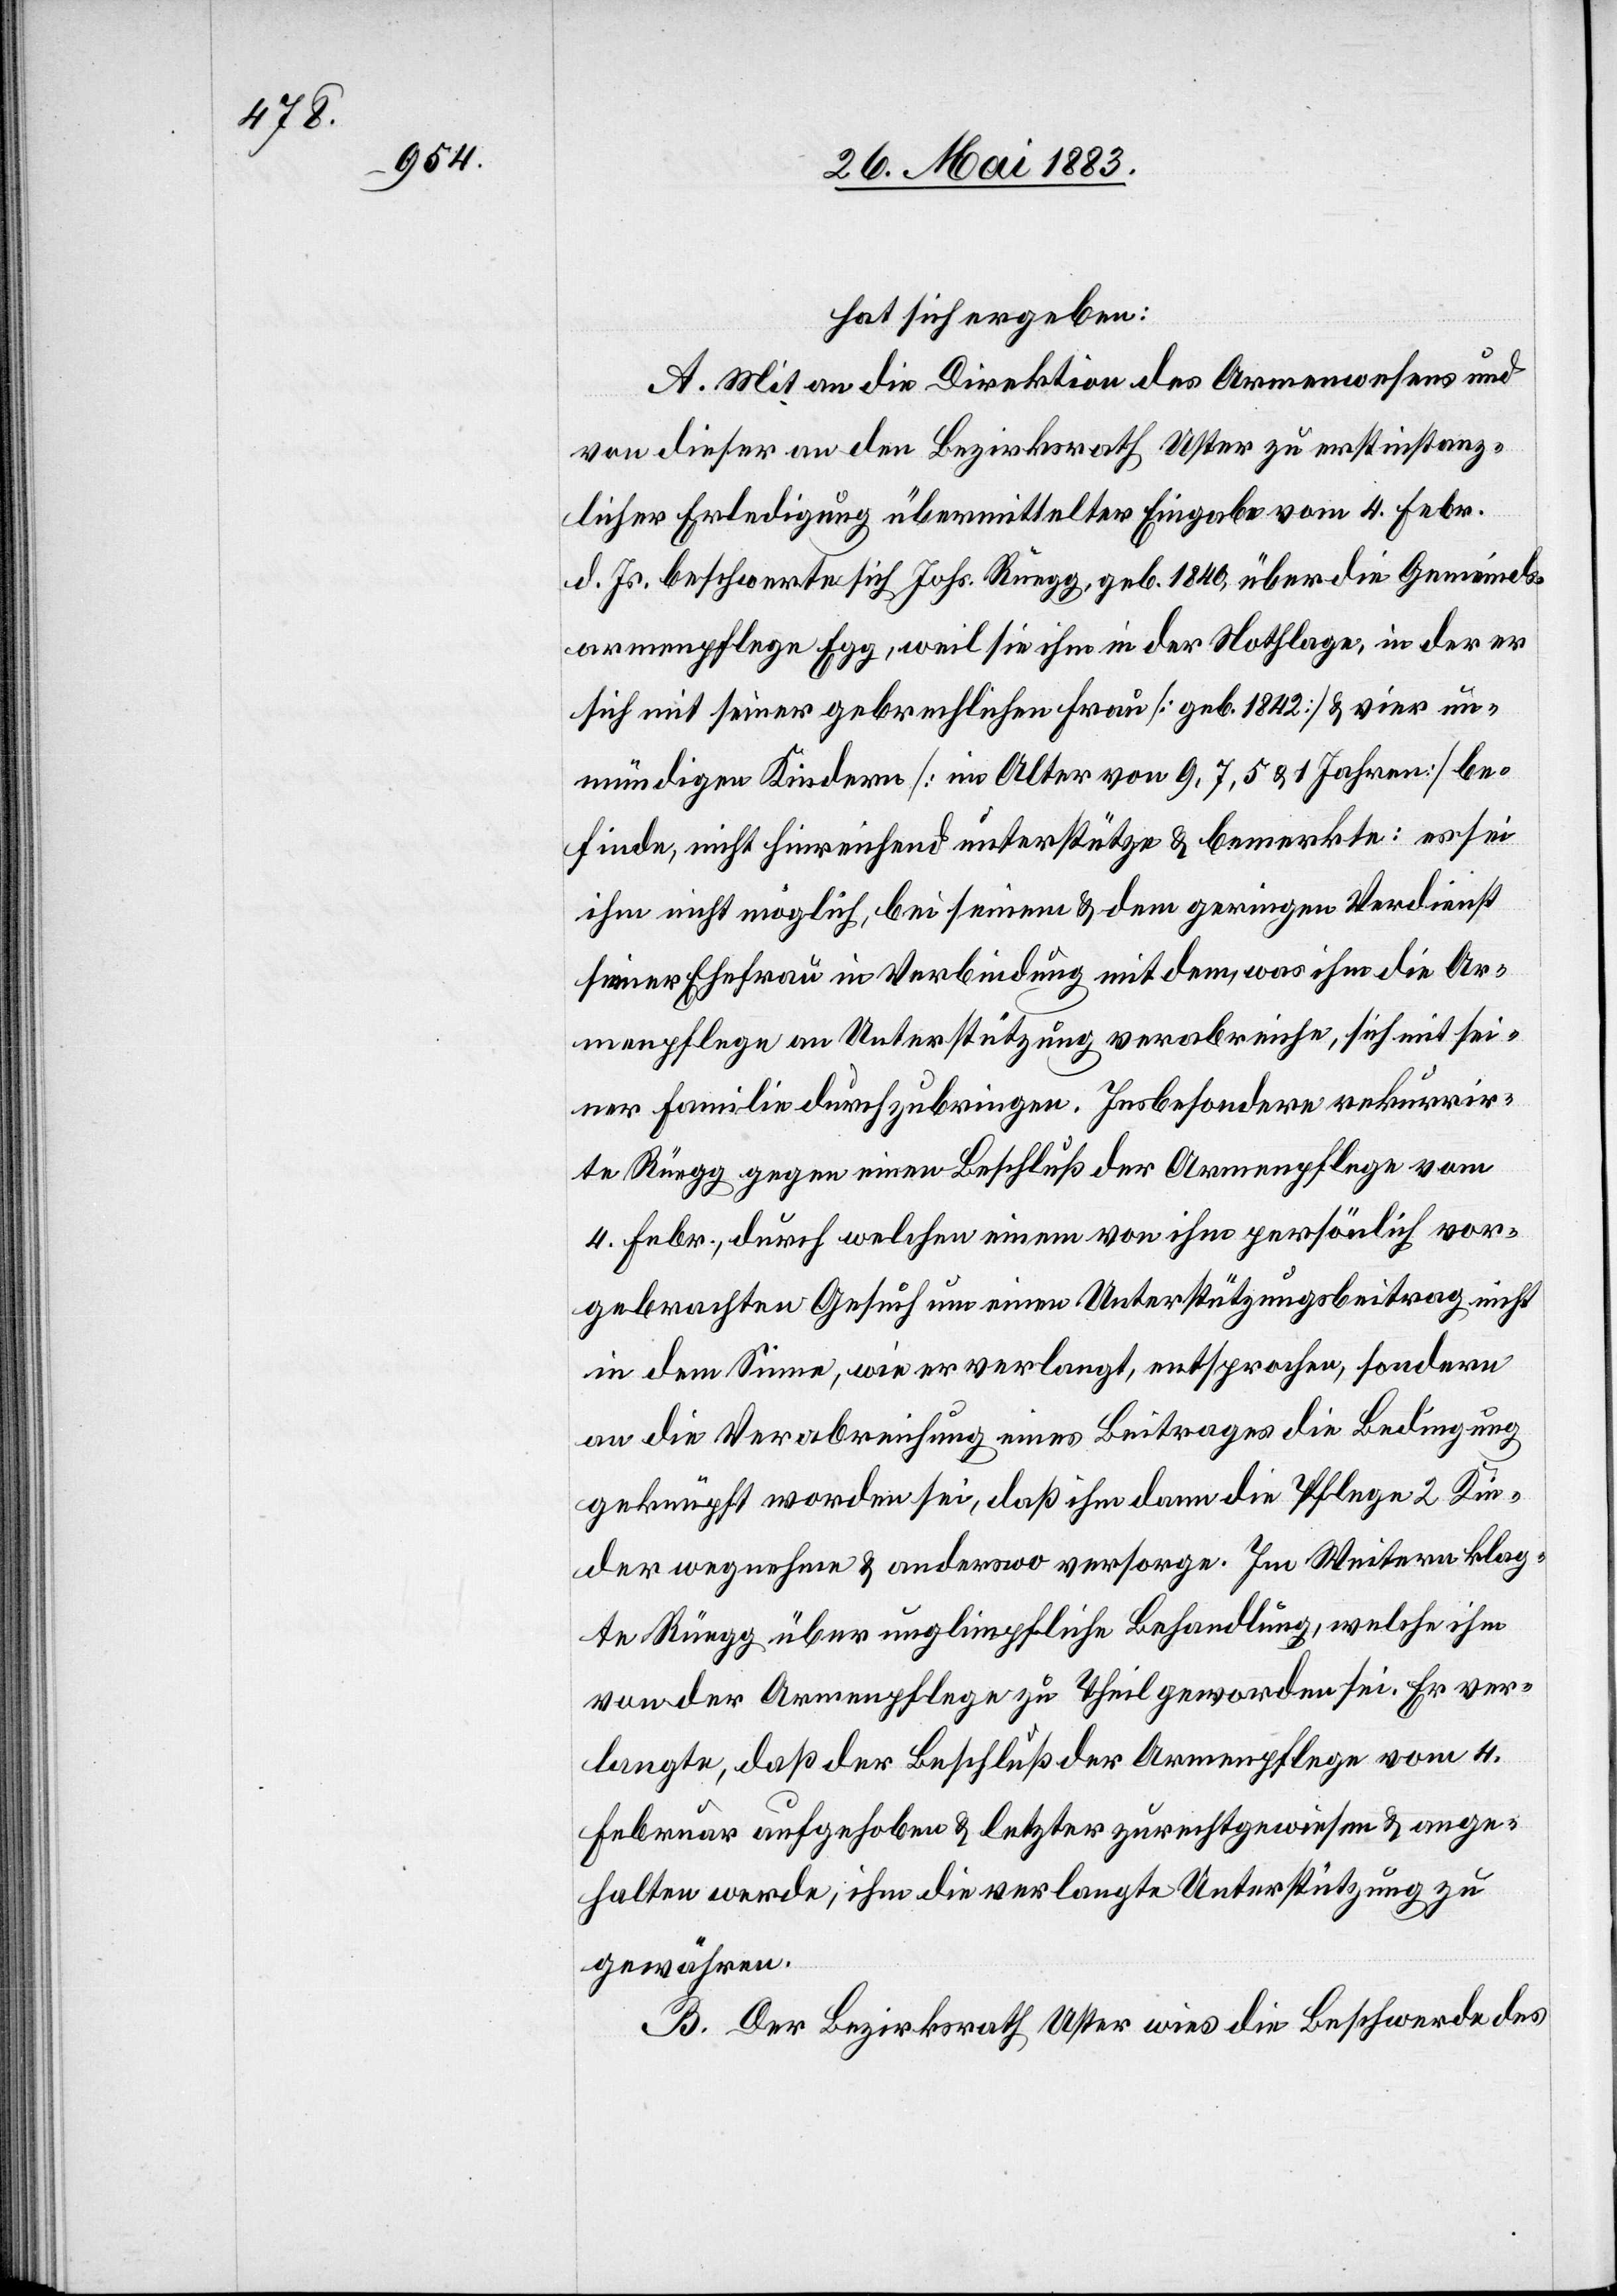
hat sich ergeben:
A. Mit an die Direktion des Armenwesens und
von dieser an den Bezirksrath Uster zu erstinstanz¬
licher Erledigung übermittelter Eingabe vom 4. Febr.
d. Js. beschwert sich Johs. Rüegg, geb. 1840, über die Gemeinds¬
armenpflege Egg, weil sie ihm in der Nothlage, in der er
sich mit seiner gebrechlichen Frau [geb. 1842] & vier un¬
mündigen Kindern [im Alter von 9, 7, 5 & 1 Jahren] be¬
finde, nicht hinreichend unterstütze & bemerkte: es sei
ihm nicht möglich, bei seinem & dem geringen Verdienst
seiner Ehefrau in Verbindung mit dem, was ihm die Ar¬
menpflege an Unterstützung verabreiche, sich mit sei¬
ner Familie durchzubringen. Insbesondere rekurrir¬
te Rüegg gegen einen Beschluß der Armenpflege vom
4. Febr., durch welchen einem von ihm persönlich vor¬
gebrachten Gesuch um einen Unterstützungsbeitrag nicht
in dem Sinne, wie er verlangt, entsprochen, sondern
an die Verabreichung eines Beitrages die Bedingung
geknüpft worden sei, daß ihm dann die Pflege 2 Kin¬
der wegnehme & anderswo versorge. Im Weitern klag¬
te Rüegg über unglimpfliche Behandlung, welche ihm
von der Armenpflege zu Theil geworden sei. Er ver¬
langte, daß der Beschluß der Armenpflege vom 4.
Februar aufgehoben & letzter zurechtgewiesen & ange¬
halten werde, ihm die verlangte Unterstützung zu
gewähren.
B. Der Bezirksrath Uster wies die Beschwerde des